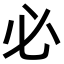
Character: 必